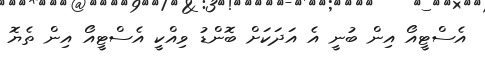
އެސްޓީއޯ އިން ބުނީ އެ އަދަކަށް ބޮންޑު ވިއްކީ އެސްޓީއޯ އިން ތެޔޮ